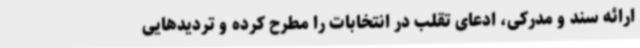
ارائه سند و مدرکی، ادعای تقلب در انتخابات را مطرح کرده و تردیدهایی